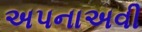
અપનાઅવી